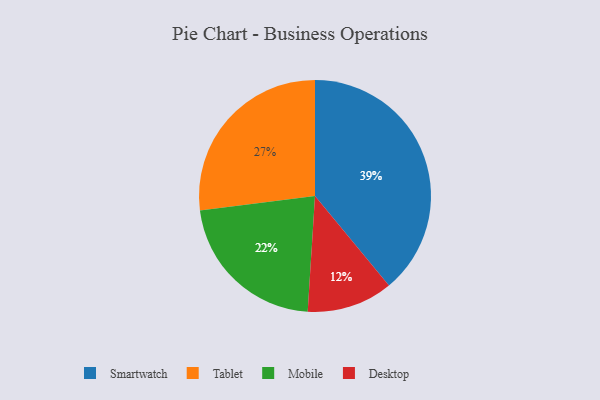
{"axis": {"x": "Category", "y": "Percentage"}, "legend": ["Desktop", "Mobile", "Smartwatch", "Tablet"], "data": [{"x": "Desktop", "y": 12, "type": "Desktop"}, {"x": "Mobile", "y": 22, "type": "Mobile"}, {"x": "Smartwatch", "y": 39, "type": "Smartwatch"}, {"x": "Tablet", "y": 27, "type": "Tablet"}]}